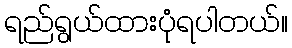
ရည်ရွယ်ထားပုံရပါတယ်။